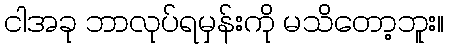
ငါအခု ဘာလုပ်ရမှန်းကို မသိတော့ဘူး။